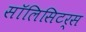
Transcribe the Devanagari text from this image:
सॉलिसिटर्स